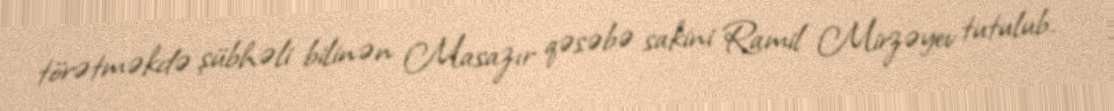
törətməkdə şübhəli bilinən Masazır qəsəbə sakini Ramil Mirzəyev tutulub.